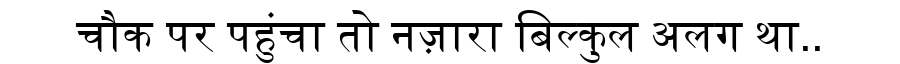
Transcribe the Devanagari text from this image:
चौक पर पहुंचा तो नज़ारा बिल्कुल अलग था..